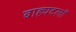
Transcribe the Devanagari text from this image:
बाह्यदलों